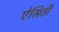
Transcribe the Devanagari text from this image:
ऐसिती